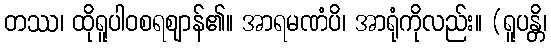
တဿ၊ ထိုရူပါဝစရဈာန်၏။ အာရမဏံပိ၊ အာရုံကိုလည်း။ (ရူပန္တိ၊